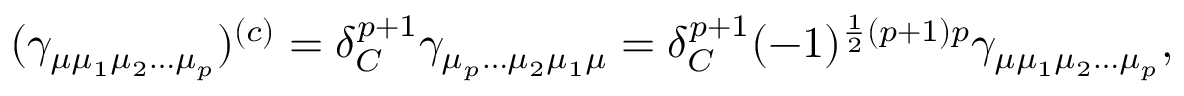
( \gamma _ { \mu \mu _ { 1 } \mu _ { 2 } \ldots \mu _ { p } } ) ^ { ( c ) } = \delta _ { C } ^ { p + 1 } \gamma _ { \mu _ { p } \ldots \mu _ { 2 } \mu _ { 1 } \mu } = \delta _ { C } ^ { p + 1 } ( - 1 ) ^ { \frac 1 2 ( p + 1 ) p } \gamma _ { \mu \mu _ { 1 } \mu _ { 2 } \ldots \mu _ { p } } ,